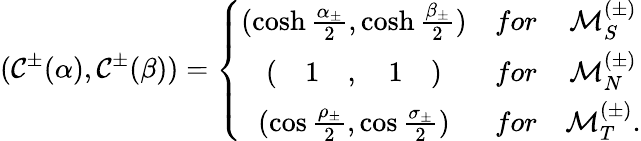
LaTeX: (\mathcal{C}^{\pm}(\alpha),\mathcal{C}^{\pm}(\beta))=\left\{ \begin{array}{ccc}{{(\cosh\frac{\alpha_{\pm}}{2},\cosh\frac{\beta_{\pm}}{2})}}&{{for}}&{{{\cal M}_{S}^{(\pm)}}}\\ {{(\quad 1\quad,\quad 1\quad)}}&{{for}}&{{{\cal M}_{N}^{(\pm)}}}\\ {{(\cos\frac{\rho_{\pm}}{2},\cos\frac{\sigma_{\pm}}{2})}}&{{for}}&{{{\cal M}_{T}^{(\pm)}.}}\end{array}\right.